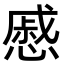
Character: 慼